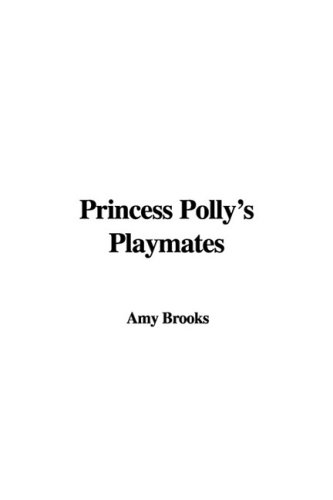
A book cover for Princess Polly's Playmates; Amy Brooks; Crafts, Hobbies & Home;